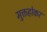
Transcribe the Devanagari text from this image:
मुक्तहोकर